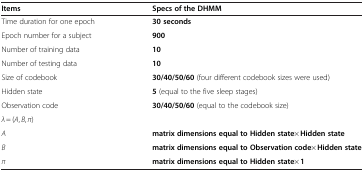
| Items | Specs of the DHMM |
 | --- | --- |
 | Time duration for one epoch | 30 seconds |
 | Epoch number for a subject | 900 |
 | Number of training data | 10 |
 | Number of testing data | 10 |
 | Size of codebook | 30/40/50/60 (four different codebook sizes were used) |
 | Hidden state | 5 (equal to the five sleep stages) |
 | Observation code | 30/40/50/60 (equal to the codebook size) |
 | <COLSPAN=2> λ = (A, B, π) |
 | A | matrix dimensions equal to Hidden state× Hidden state |
 | B | matrix dimensions equal to Observation code× Hidden state |
 | π | matrix dimensions equal to Hidden state× 1 |